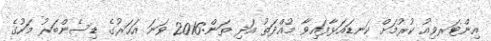
އިންޓަރވިއު ކުރުމަށް ކަނޑައަޅާފައިވާ މުއްދަތު އަދި ތަން:2016 ވަނަ އަހަރުގެ ޑިސެންބަރު މަހުގެ